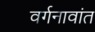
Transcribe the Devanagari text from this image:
वर्गनावांत